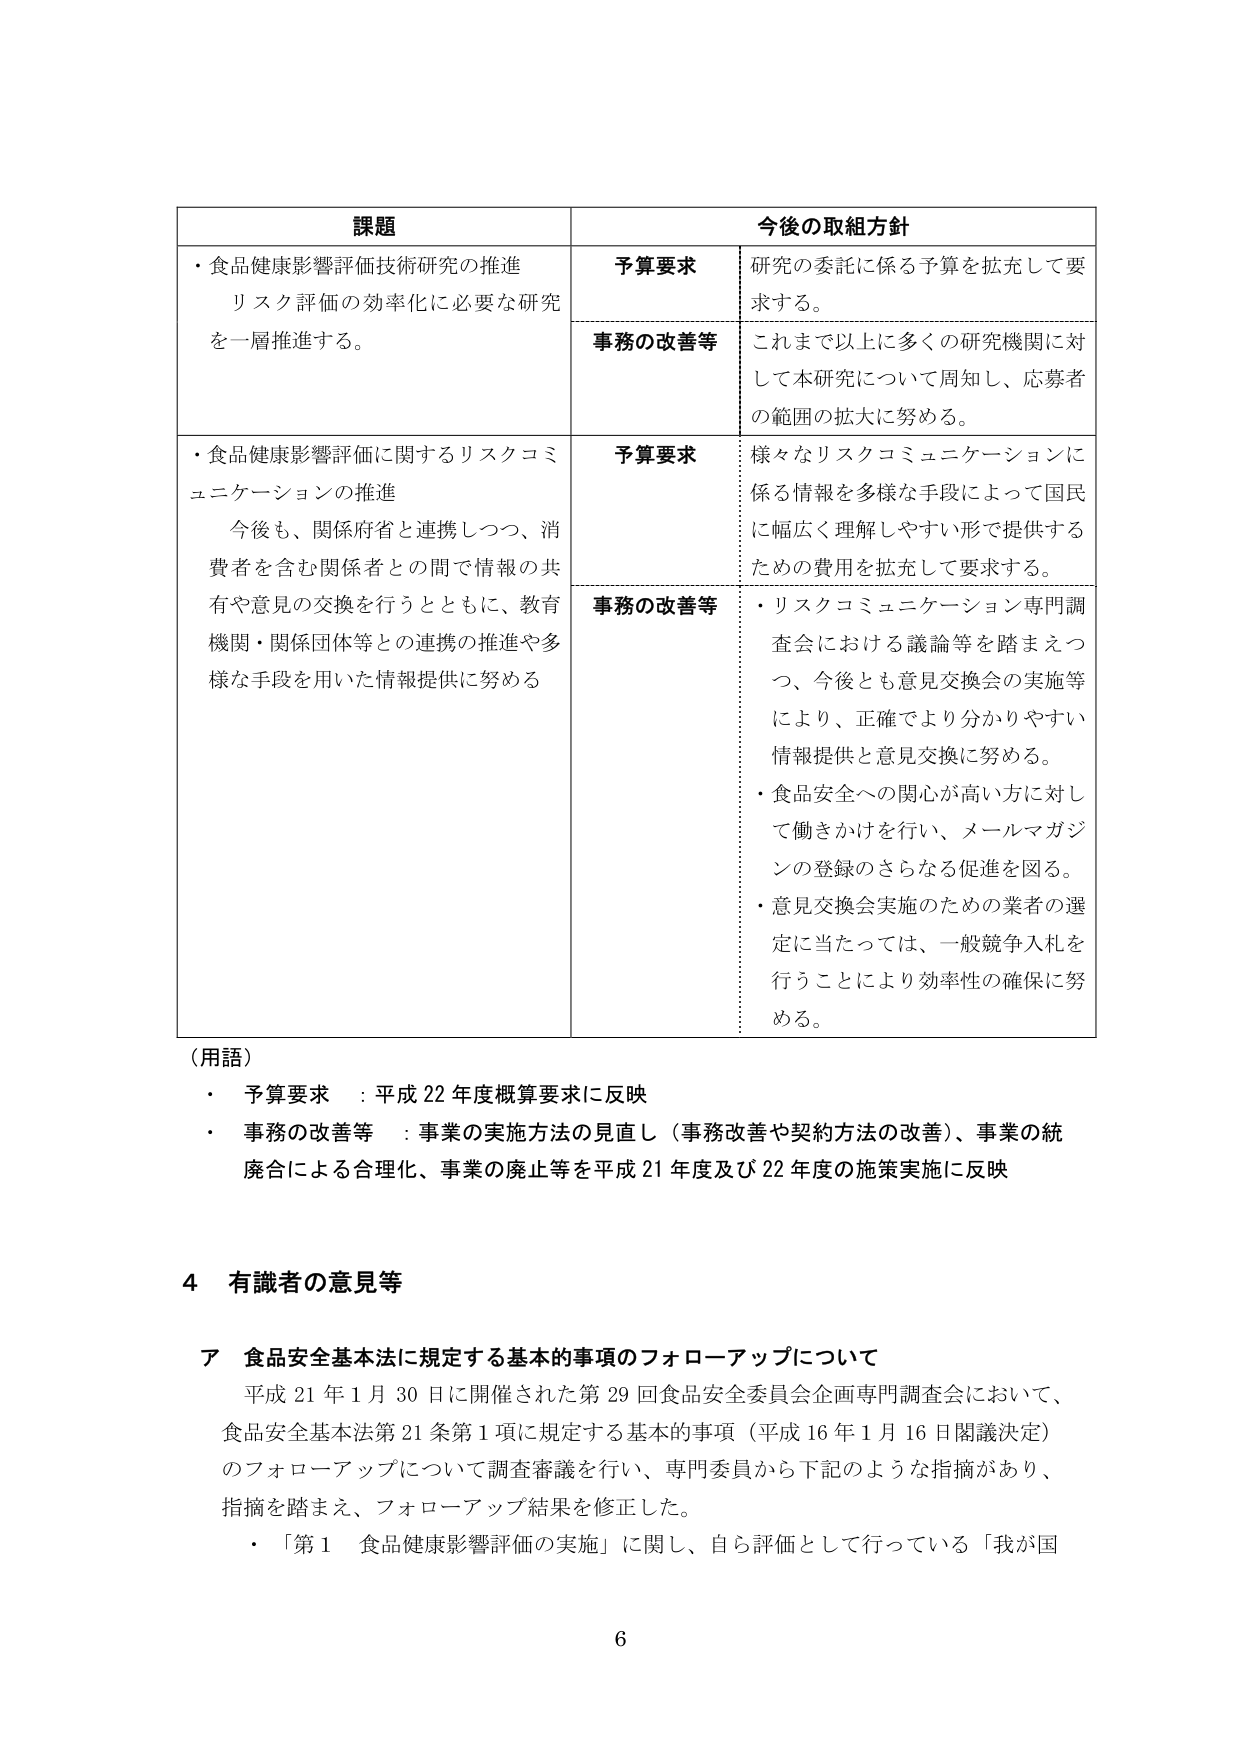
課題
・食品健康影響評価技術研究の推進
リスク評価の効率化に必要な研究
を一層推進する。
・食品健康影響評価に関するリスクコミュニケーションの推進
今後も、関係府省と連携しつつ、消費者を含む関係者との間で情報の共有や意見の交換を行うとともに、教育機関・関係団体等との連携の推進や多様な手段を用いた情報提供に努める

今後の取組方針
予算要求
研究の委託に係る予算を拡充して要求する。
事務の改善等
これまで以上に多くの研究機関に対して本研究について周知し、応募者の範囲の拡大に努める。
予算要求
様々なリスクコミュニケーションに係る情報を多様な手段によって国民に幅広く理解しやすい形で提供するための費用を拡充して要求する。
事務の改善等
・リスクコミュニケーション専門調査会における議論等を踏まえつつ、今後とも意見交換会の実施等により、正確でより分かりやすい情報提供と意見交換に努める。
・食品安全への関心が高い方に対して働きかけを行い、メールマガジンの登録のさらなる促進を図る。
・意見交換会実施のための業者の選定に当たっては、一般競争入札を行うことにより効率性の確保に努める。

（用語）
・予算要求：平成22年度概算要求に反映
・事務の改善等：事業の実施方法の見直し（事務改善や契約方法の改善）、事業の統廃合による合理化、事業の廃止等を平成21年度及び22年度の施策実施に反映

4 有識者の意見等
ア 食品安全基本法に規定する基本的事項のフォローアップについて
平成21年1月30日に開催された第29回食品安全委員会企画専門調査会において、食品安全基本法第21条第1項に規定する基本的事項（平成16年1月16日閣議決定）のフォローアップについて調査審議を行い、専門委員から下記のような指摘があり、指摘を踏まえ、フォローアップ結果を修正した。
・「第1 食品健康影響評価の実施」に関し、自ら評価として行っている「我が国

6